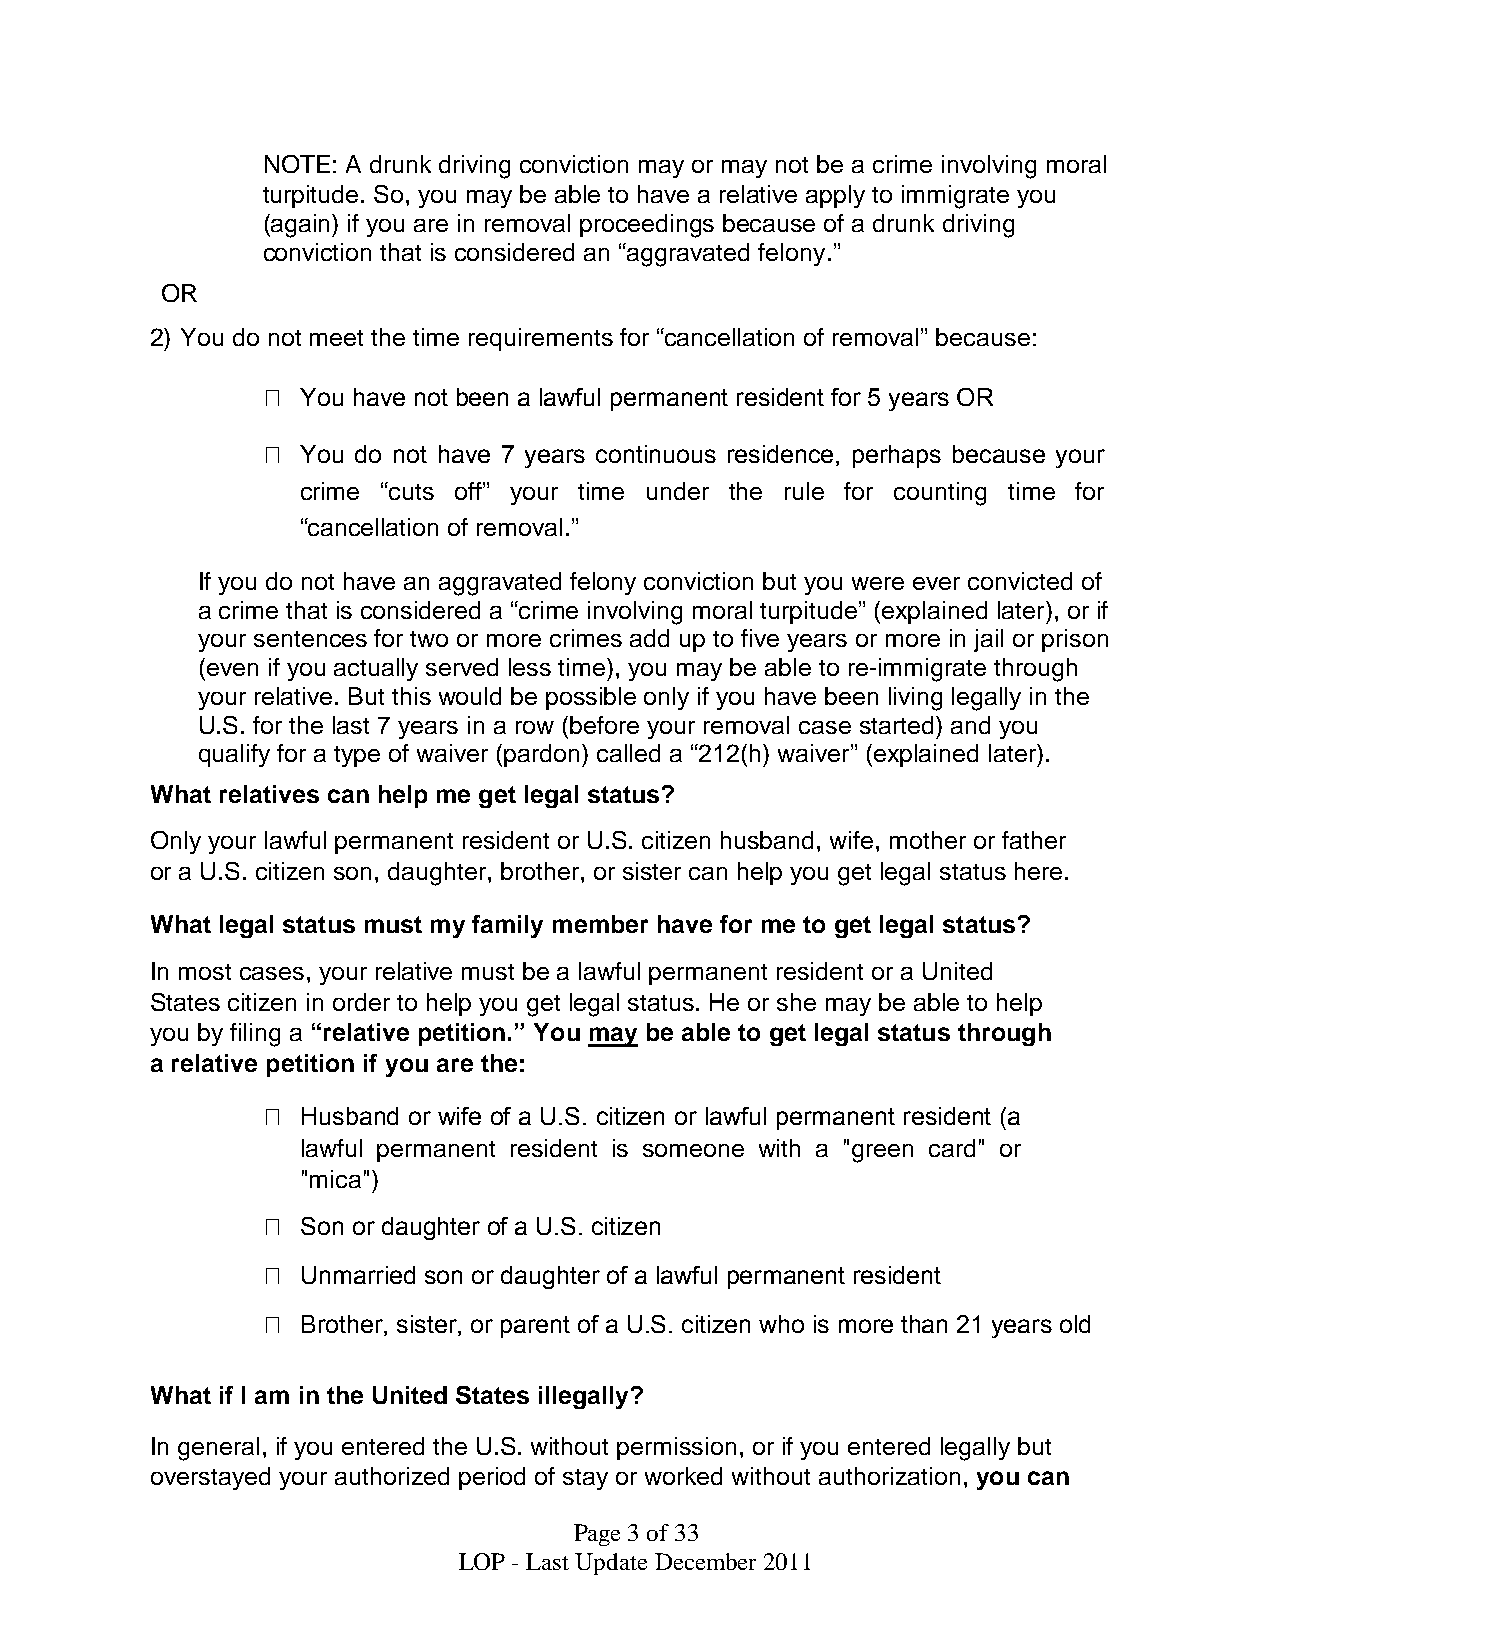
NOTE: A drunk driving conviction may or may not be a crime involving moral
 turpitude. So, you may be able to have a relative apply to immigrate you
 (again) if you are in removal proceedings because of a drunk driving
 conviction that is considered an “aggravated felony.”
 OR
 2) You do not meet the time requirements for “cancellation of removal” because:
   You have not been a lawful permanent resident for 5 years OR
   You do not have 7 years continuous residence, perhaps because your
 crime “cuts off” your time under the rule for counting time for
 “cancellation of removal.”
 If you do not have an aggravated felony conviction but you were ever convicted of
 a crime that is considered a “crime involving moral turpitude” (explained later), or if
 your sentences for two or more crimes add up to five years or more in jail or prison
 (even if you actually served less time), you may be able to re-immigrate through
 your relative. But this would be possible only if you have been living legally in the
 U.S. for the last 7 years in a row (before your removal case started) and you
 qualify for a type of waiver (pardon) called a “212(h) waiver” (explained later).
 What relatives can help me get legal status?
 Only your lawful permanent resident or U.S. citizen husband, wife, mother or father
 or a U.S. citizen son, daughter, brother, or sister can help you get legal status here.
 What legal status must my family member have for me to get legal status?
 In most cases, your relative must be a lawful permanent resident or a United
 States citizen in order to help you get legal status. He or she may be able to help
 you by filing a “relative petition.” You may be able to get legal status through
 a relative petition if you are the:
   Husband or wife of a U.S. citizen or lawful permanent resident (a
 lawful permanent resident is someone with a "green card" or
 "mica")
   Son or daughter of a U.S. citizen
   Unmarried son or daughter of a lawful permanent resident
   Brother, sister, or parent of a U.S. citizen who is more than 21 years old
 What if I am in the United States illegally?
 In general, if you entered the U.S. without permission, or if you entered legally but
 overstayed your authorized period of stay or worked without authorization, you can
 Page3of33
 LOP - Last UpdateDecember2011